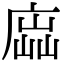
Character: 𢉵